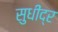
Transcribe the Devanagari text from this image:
सुधींद्र